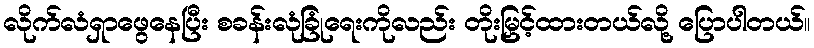
လိုက်လံရှာဖွေနေပြီး စခန်းလုံခြုံရေးကိုလည်း တိုးမြှင့်ထားတယ်လို့ ပြောပါတယ်။